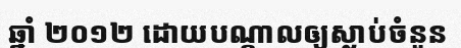
ឆ្នាំ ២០១២ ដោយបណ្តាលឲ្យស្លាប់ចំនួន